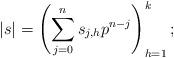
LaTeX: \begin{align*}\left| s \right| = \left(\sum_{j=0}^n s_{j,h} p^{n-j} \right)_{h=1}^k;\end{align*}